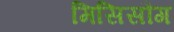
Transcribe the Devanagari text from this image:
मिसिसौग